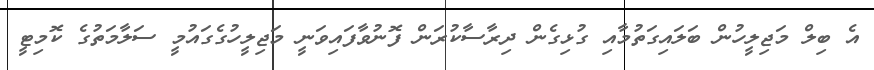
އެ ބިލް މަޖިލީހުން ބަލައިގަތުމާއި ގުޅިގެން ދިރާސާކުރަން ފޮނުވާފައިވަނީ މަޖިލީހުގެގައުމީ ސަލާމަތުގެ ކޮމިޓީ